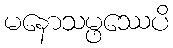
မနောသမ္ဖဿေပိ